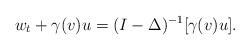
LaTeX: \begin{align*}w_t+\gamma(v)u=(I-\Delta)^{-1}[\gamma(v)u].\end{align*}